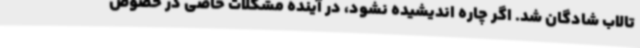
تالاب شادگان شد. اگر چاره اندیشیده نشود، در آینده مشکلات خاصی در خصوص